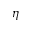
\eta